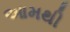
આમથી